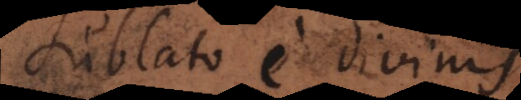
Sublato e divinis